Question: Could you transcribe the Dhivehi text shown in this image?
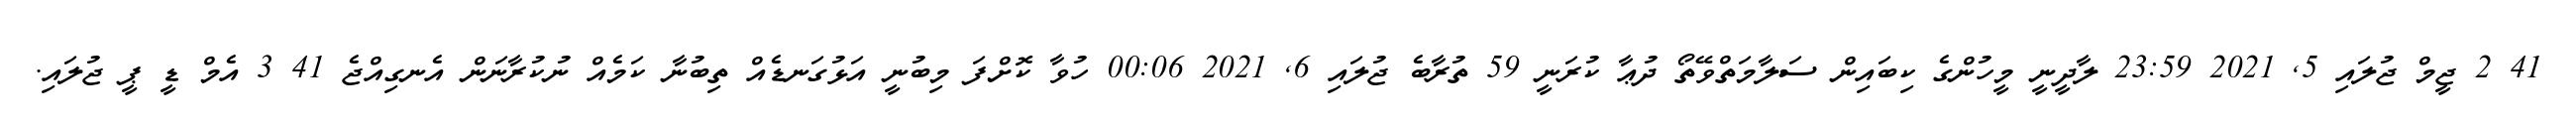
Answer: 41 2 ޖީމް ޖުލައި 5, 2021 23:59 ލާދީނީ މީހުންގެ ކިބައިން ސަލާމަތްވޭތޯ ދުޢާ ކުރަނީ 59 ތުރާބެ ޖުލައި 6, 2021 00:06 ހުވާ ކޮށްފަ މިބުނީ އަޅުގަނޑެއް ތިބުނާ ކަމެއް ނުކުރާނަން އެނގިއްޖެ 41 3 އެމް ޑީ ޕީ ޖުލައި.